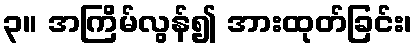
၃။ အကြိမ်လွန်၍ အားထုတ်ခြင်း၊